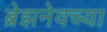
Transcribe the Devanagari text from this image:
ब्रेझनेवच्या